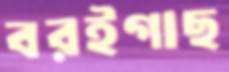
বরইগাছ